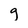
Character: g